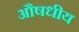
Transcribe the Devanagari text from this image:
अौषधीय